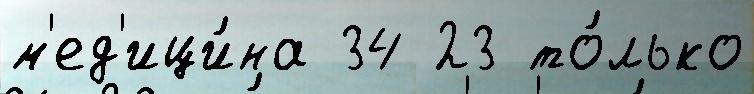
м'ед'ици́на 34 23 то́лько